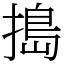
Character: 搗